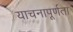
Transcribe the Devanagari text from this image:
याचनापूर्णता